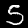
Label: 5